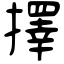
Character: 擇